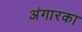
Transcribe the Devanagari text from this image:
अंगारका